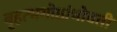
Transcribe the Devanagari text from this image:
बृहत्भगोष्ठांभोवती